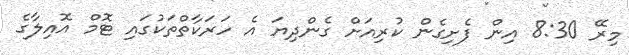
މިރޭ 8:30 އިން ފެށިގެން ކުރިއަށް ގެންދިޔަ އެ ހަރަކާތްތަކުގައި ޓޮމް އޮއިލާގެ